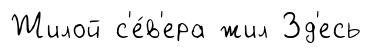
Жилой с'е́в'ера жил Зд'есь